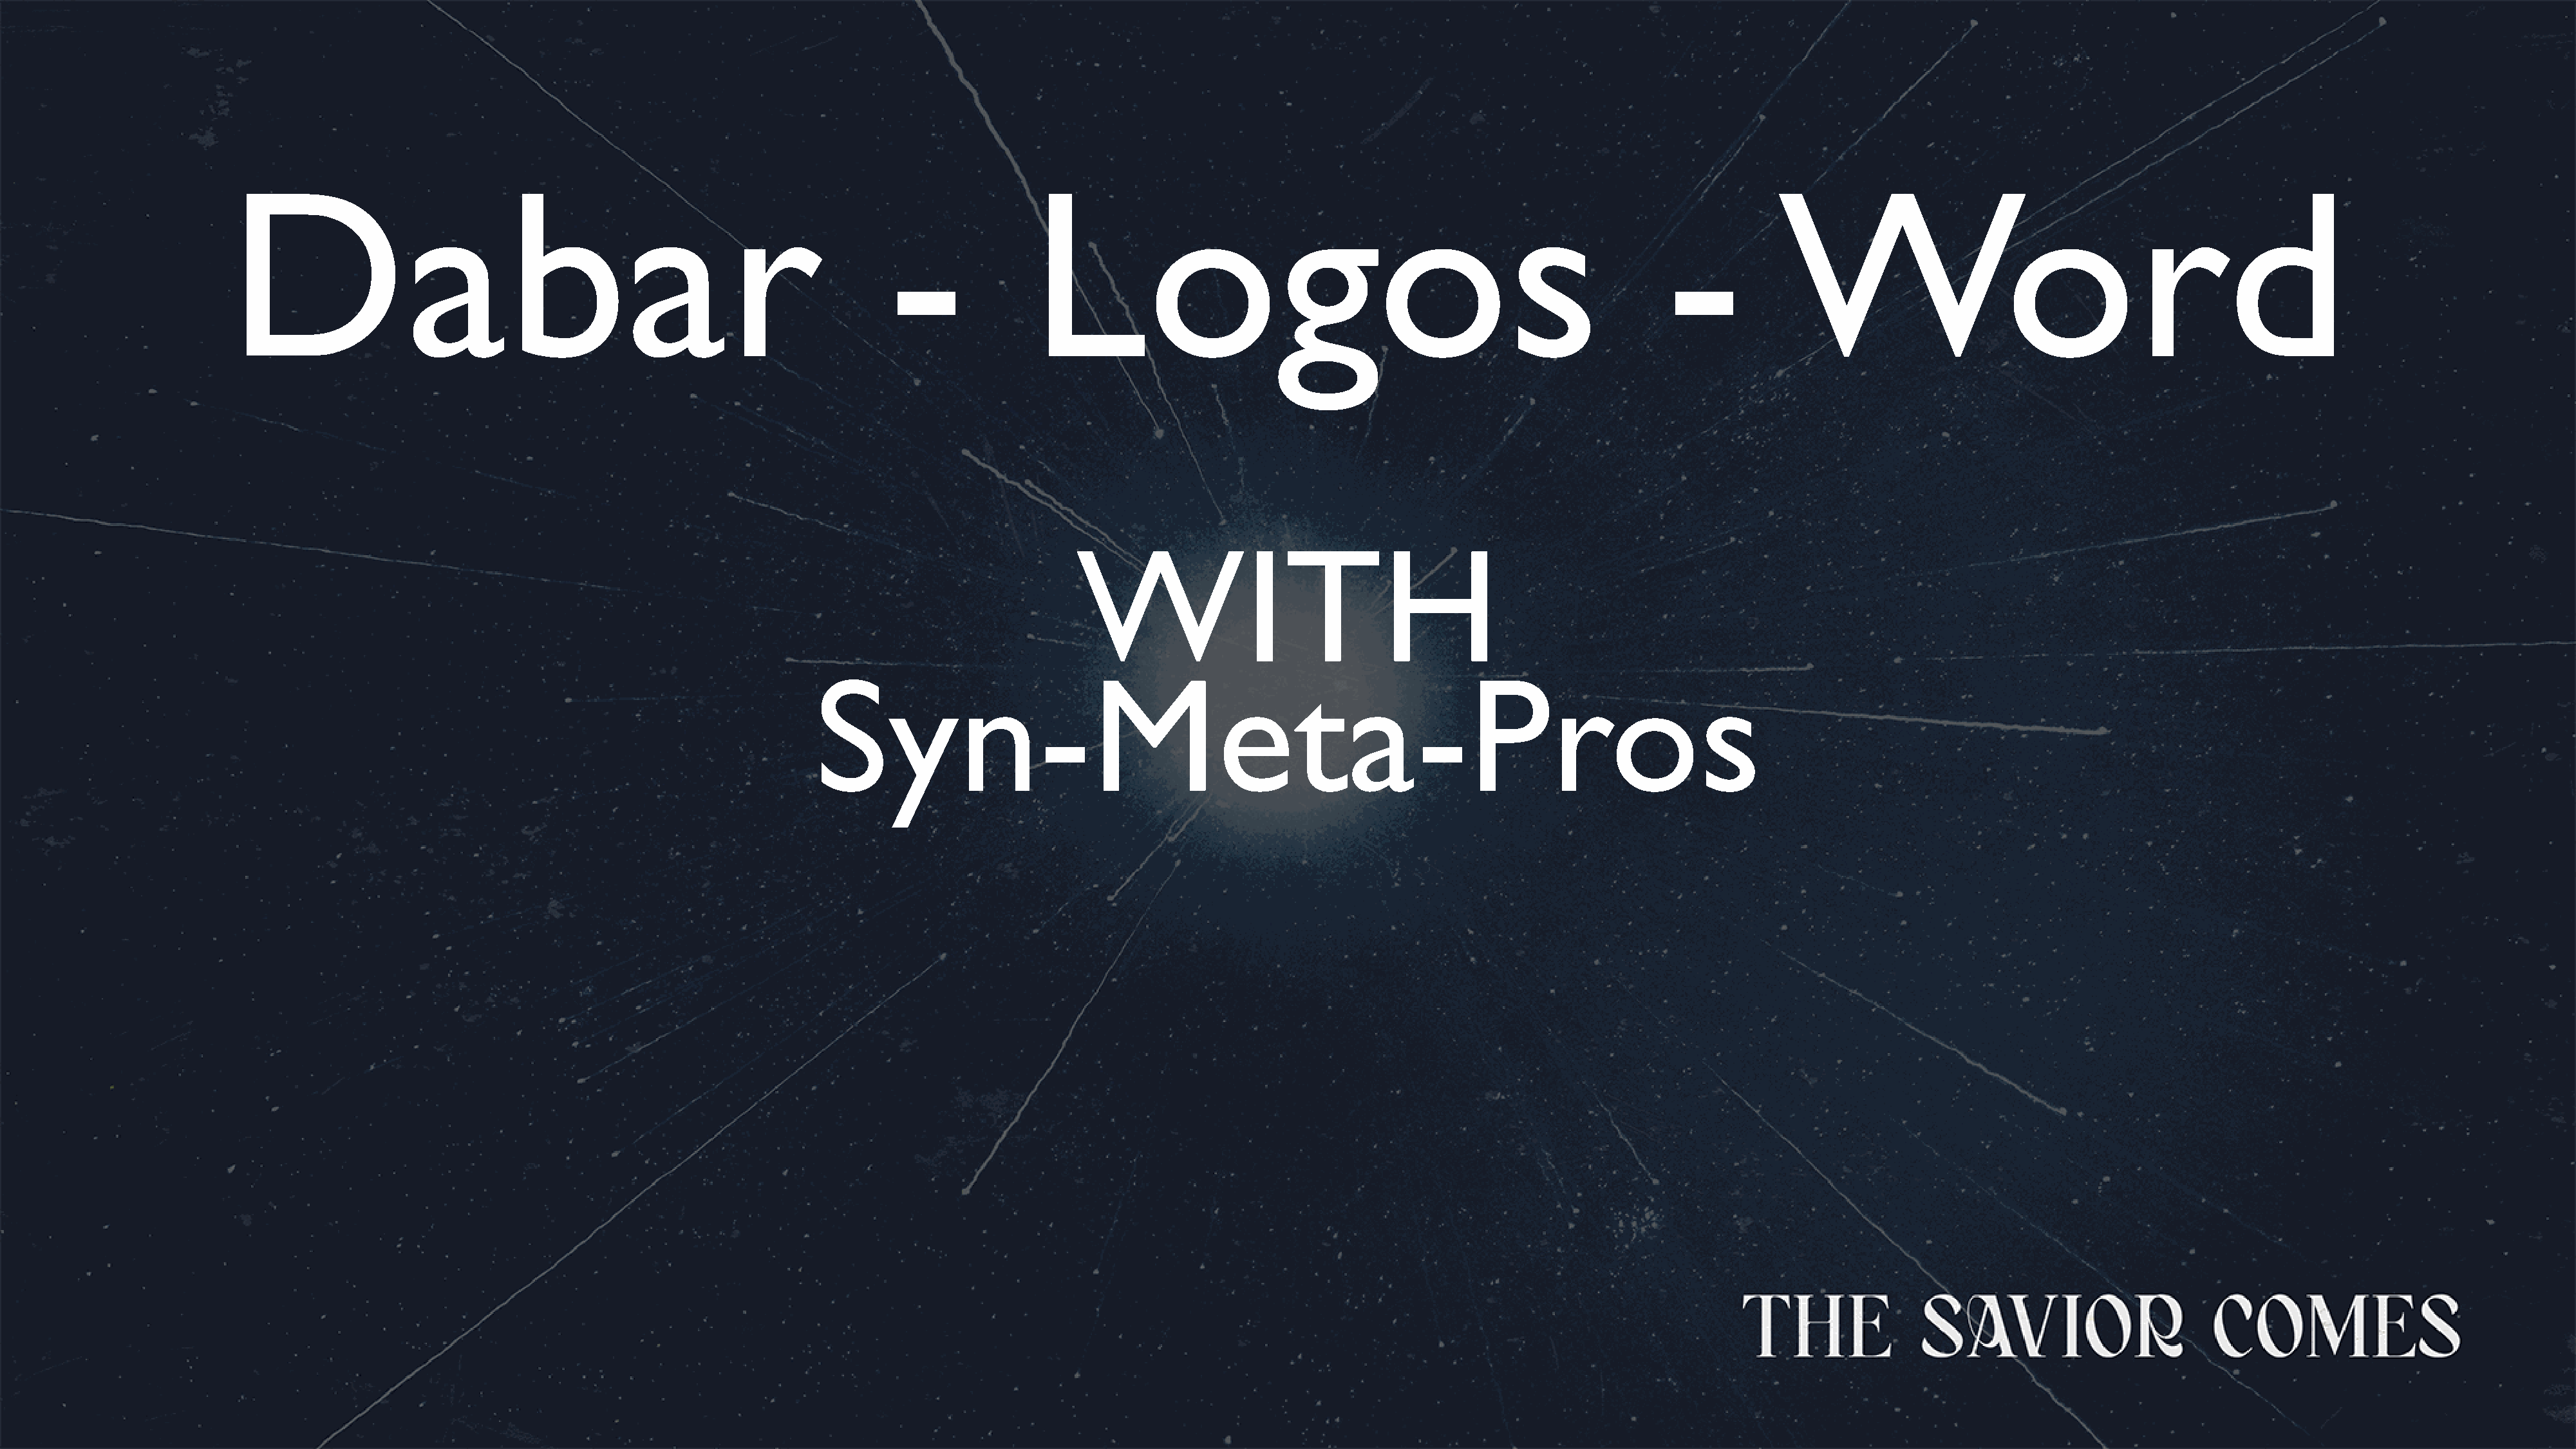
Dabar                                                               -              Logos                                                            -           Word
 WITH
 Syn-Meta-Pros